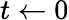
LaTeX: t\leftarrow 0